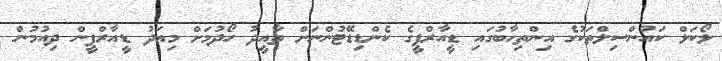
ލޯކަލް ކައުންސިލްތަކުގެ އިންތިހާބުގައި ޑީއާރްޕީގެ ކެންޑިޑޭޓުންނަށް ތާއީދު ހޯދުމަށް މިއަދު ޑީއާރްޕީން ދިއުމުން